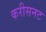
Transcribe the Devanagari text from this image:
करीसनट